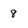
Character: 8